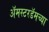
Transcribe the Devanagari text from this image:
अॅमस्टरडॅमच्या